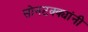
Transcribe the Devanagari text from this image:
सोनटक्क्यांनी